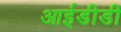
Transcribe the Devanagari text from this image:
आईडीडी